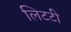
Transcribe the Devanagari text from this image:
लिटटी